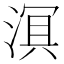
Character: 𬈑